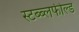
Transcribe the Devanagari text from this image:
स्टब्ब्लफील्ड